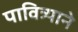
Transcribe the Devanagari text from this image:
पावित्र्याने